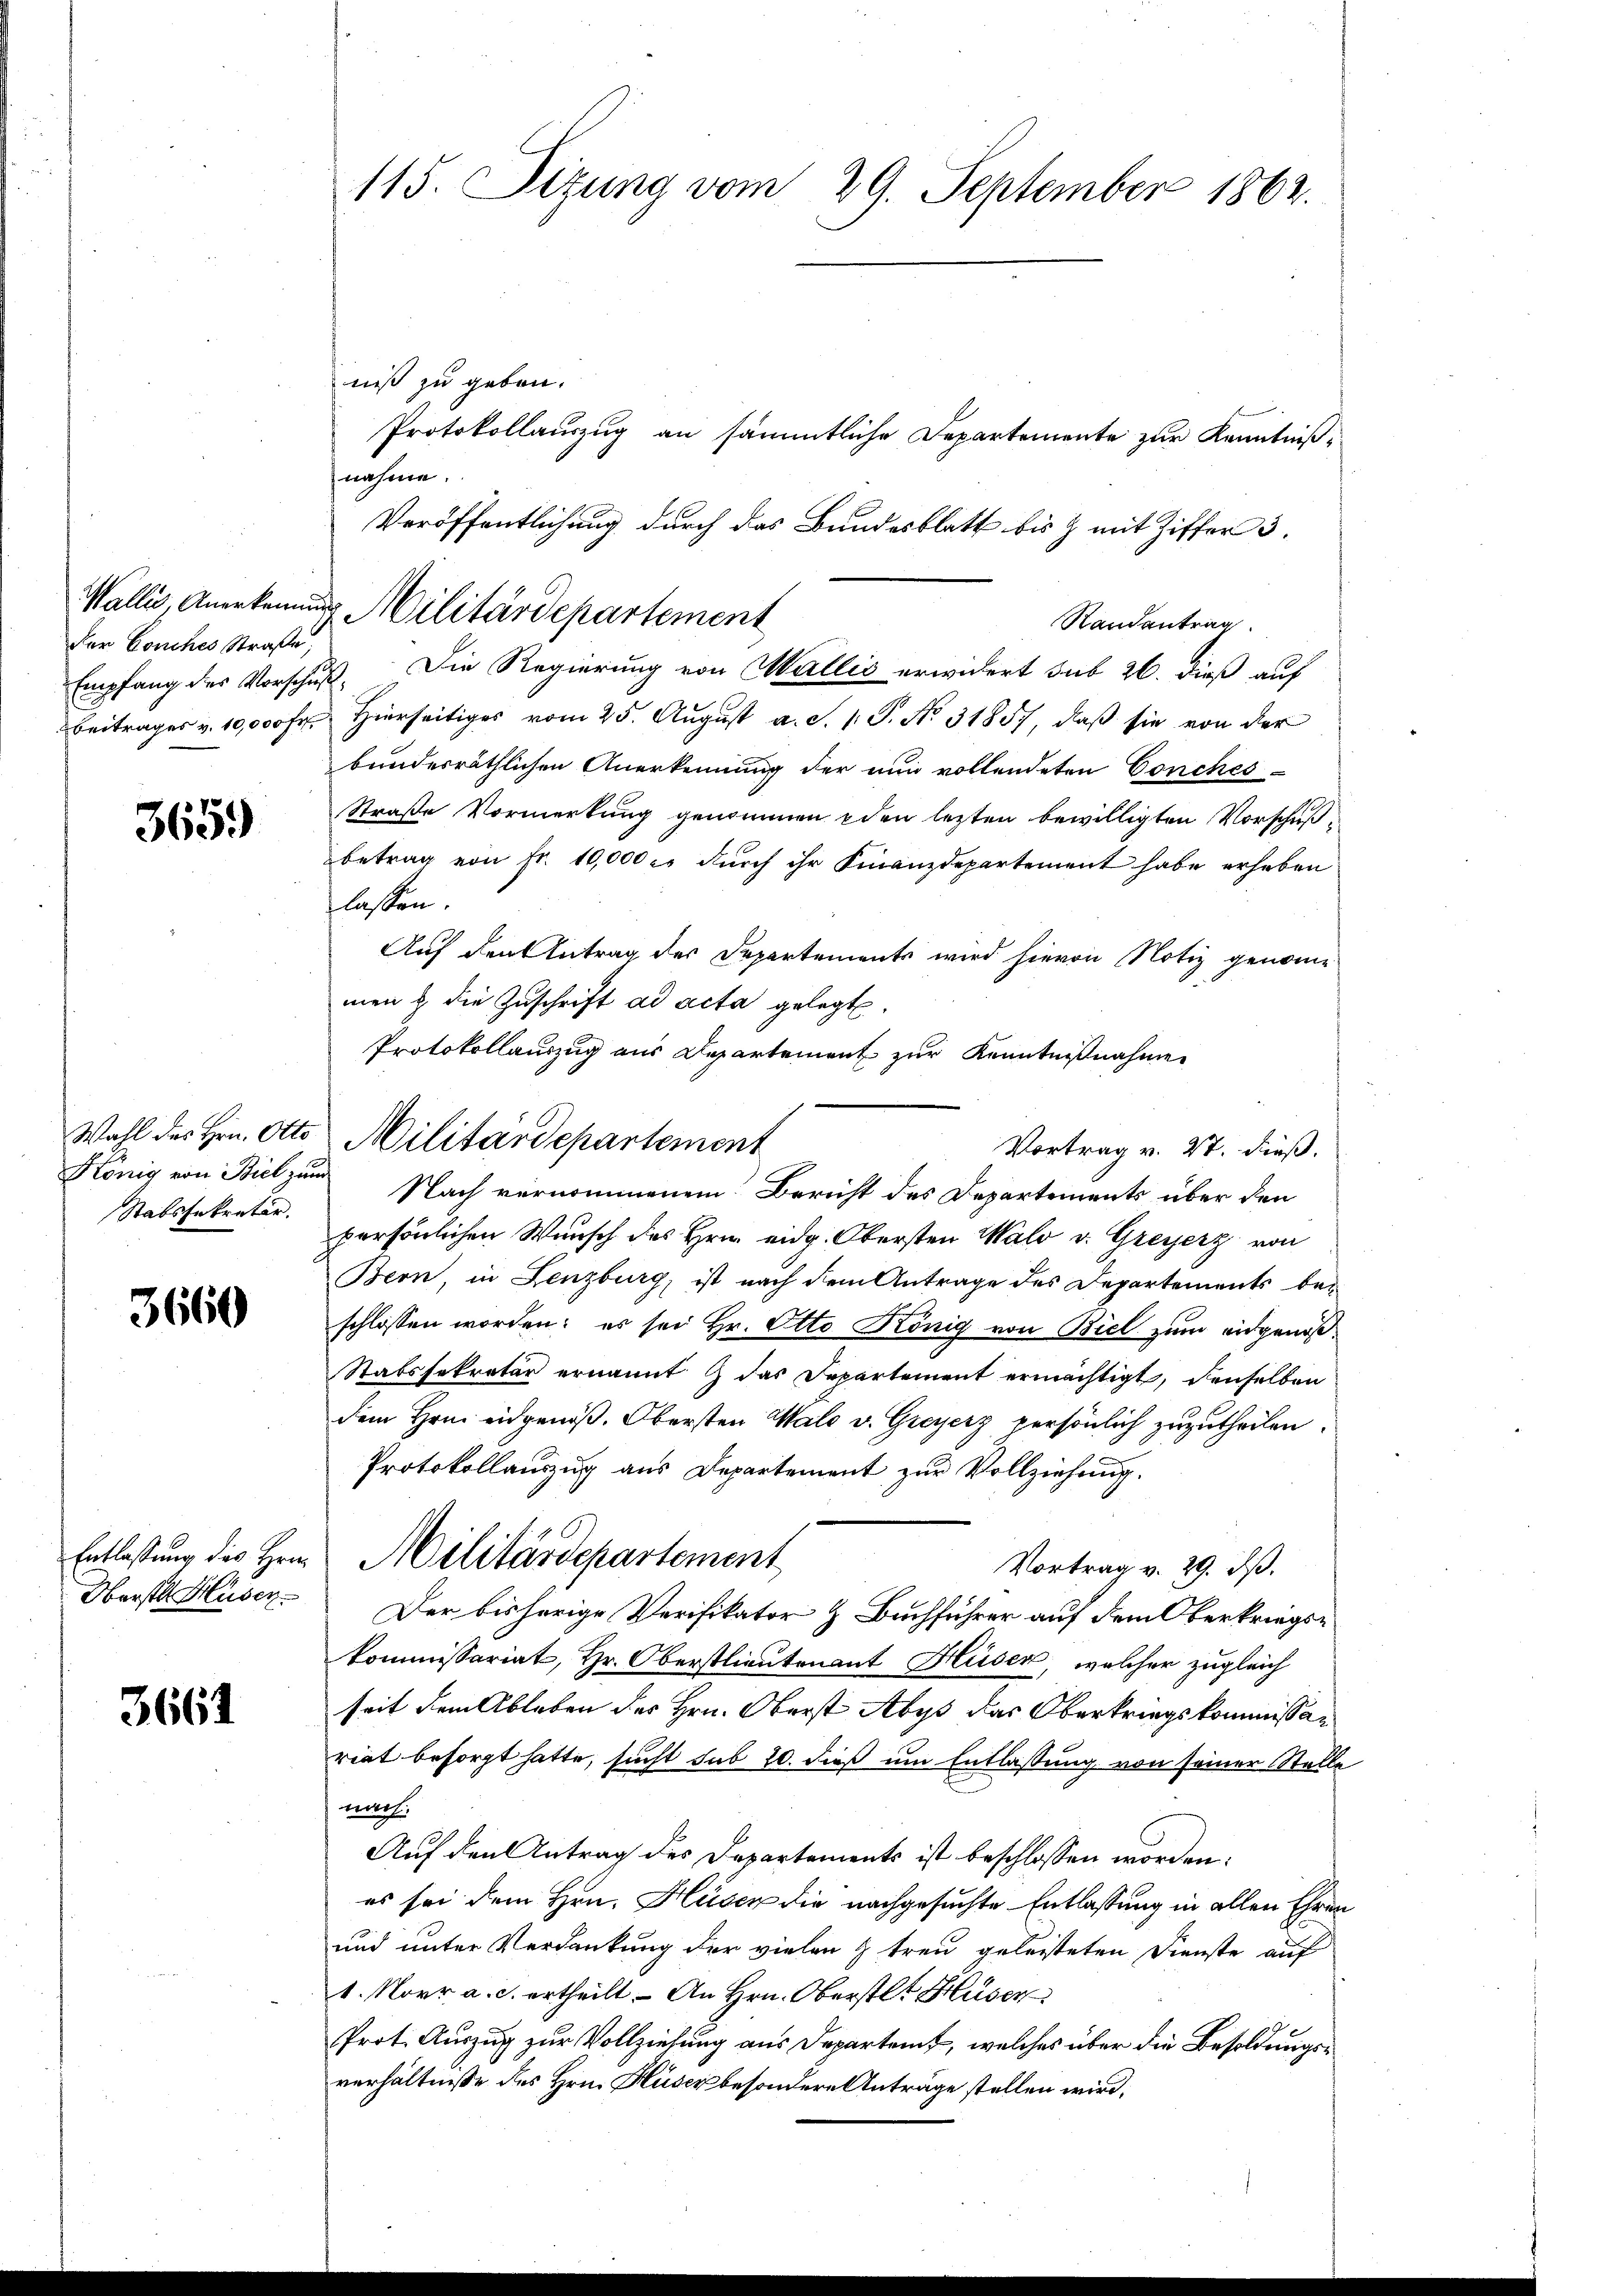
der Conches Straße,

365.

König von Biel zum
Stabssekretär.

3660

niß zu geben.
Protokollauszug an sämmtliche Departemente zur Kenntnißnahme.
Veröffentlichung durch das Bundesblatt bis & mit Ziffer 3.
Randantrag
Empfang des Vorschuß. Die Regierung von Wallis erwidert sub 26. dieß auf
Beitrages v. 10,000 Fr. Hierseitiges vom 25. Aŭgŭst a. S. 1 S. No. 31857, daβ sie von der
bundesräthlichen Anerkennung der nun vollendeten Conches
Straße Vormerkung genommen den lezten bewilligten Vorschußbetrag von Fr. 10,000 . dŭrch ihr Finanzdepartement habe erheben
lassen.
Auf den Antrag der Departements wird hievon Notiz genomme
men & die Zuschrift ad acta gelegt.
Protokollauszug aus Departement zur Kenntnißnahme
Vortrag v. 27. dieß.
Nach vernommenem Bericht des Departements über den
persönlichen Wunsch des Hrn. eidg. Obersten Wald v. Greyerz von
Bern, in Lenzburg, ist nach dem Antrage des Departements beschlossen worden; es sei Hr. Otto König von Biel zum eidgenoß¬
Stabssekretär ernannt & das Departement ermächtigt, denselben
dem Hrn. eidgenöß. Obersten Wald v. Greyerz persönlich zuzutheilen.
Protokollauszug aus Departement zur Vollziehung.
Entlassung des Hrn. Militärdepartement
Vortrag v. 29. dß.
Oberstl. Huser. Der bisherige Verifikator & Buchführer auf dem Oberkriegskommissariat, Hr. Oberstlieutenant Huser, welcher zugleich
seit dem Ableben des Hrn. Oberst Abys das Oberkriegskommissan
riat besorgt hatte, sucht sub 20. dieß um Entlassung von seiner Stelle
nath.
Auf den Antrag des Departements ist beschlossen worden.
es sei dem Hrn. Häser die nachgesuchte Entlassung in allen Ehren
und unter Verdankung der vielen & treu geleisteten Dienste auf
1. Norr a. c. ertheilt. An Hrn. Oberstl. Huser
Prot. Auszug zur Vollziehung aus Departemt, welches über die Besoldungsverhältnisse des Hrn. Huser besondere Anträge stellen wird,

3661

115. Sizung vom 29. September 1862.

Wallis, Anerkennung Militärdepartement

Wahl des Hrn. Otto Militärdepartement